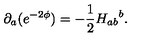
\partial _ { a } ( e ^ { - 2 \phi } ) = - \frac { 1 } { 2 } { H _ { a b } } ^ { b } .